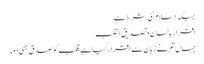
جبکہ اسلام کی شرط ہے
اقرار بالسان و تصدیق القلب
جہاں تم نے زبان سے اقرار کیا ہے قلب کو صدق بھی دو۔